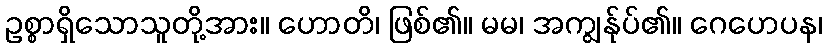
ဥစ္စာရှိသောသူတို့အား။ ဟောတိ၊ ဖြစ်၏။ မမ၊ အကျွန်ုပ်၏။ ဂေဟေပန၊